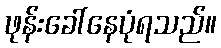
ဖုန်းခေါ်နေပုံရသည်။